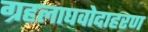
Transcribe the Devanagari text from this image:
ग्रहलाघवोदाहरण